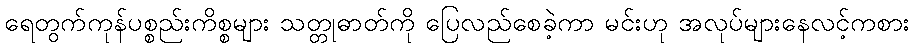
ရေတွက်ကုန်ပစ္စည်းကိစ္စများ သတ္တုဓာတ်ကို ပြေလည်စေခဲ့ကာ မင်းဟု အလုပ်များနေလင့်ကစား